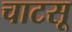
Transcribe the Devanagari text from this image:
चाटसू